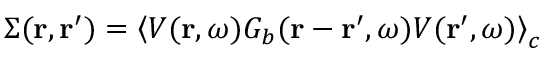
\Sigma ( \boldsymbol { \mathbf { r } } , \boldsymbol { \mathbf { r } } ^ { \prime } ) = \left\langle V ( \boldsymbol { \mathbf { r } } , \omega ) G _ { b } ( \boldsymbol { \mathbf { r } } - \boldsymbol { \mathbf { r } } ^ { \prime } , \omega ) V ( \boldsymbol { \mathbf { r } } ^ { \prime } , \omega ) \right\rangle _ { c }